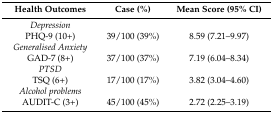
| Health Outcomes | Case (%) | Mean Score (95% CI) |
 | --- | --- | --- |
 | Depression |  |  |
 | PHQ-9 (10+) | 39/100 (39%) | 8.59 (7.21–9.97) |
 | Generalised Anxiety |  |  |
 | GAD-7 (8+) | 37/100 (37%) | 7.19 (6.04–8.34) |
 | PTSD |  |  |
 | TSQ (6+) | 17/100 (17%) | 3.82 (3.04–4.60) |
 | Alcohol problems |  |  |
 | AUDIT-C (3+) | 45/100 (45%) | 2.72 (2.25–3.19) |